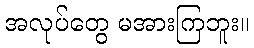
အလုပ်တွေ မအားကြဘူး။